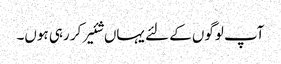
آپ لوگوں کے لئے یہاں شئیر کر رہی ہوں۔